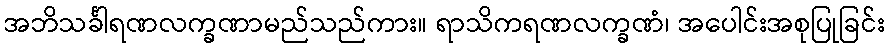
အဘိသင်္ခါရဏလက္ခဏာမည်သည်ကား။ ရာသိကရဏလက္ခဏံ၊ အပေါင်းအစုပြုခြင်း